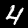
Digit: 4